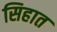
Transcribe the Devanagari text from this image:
सिहात